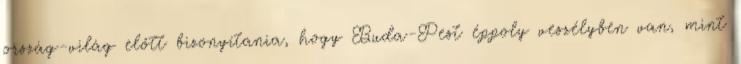
ország-világ előtt bizonyítania, hogy Buda-Pest éppoly veszélyben van, mint